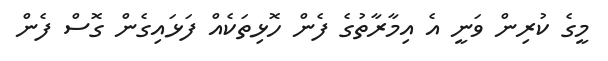
މީގެ ކުރިން ވަނީ އެ އިމާރާތުގެ ފެން ހޮޅިތަކެއް ފަޅައިގެން ގޮސް ފެން